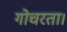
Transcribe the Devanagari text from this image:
गोचरता।